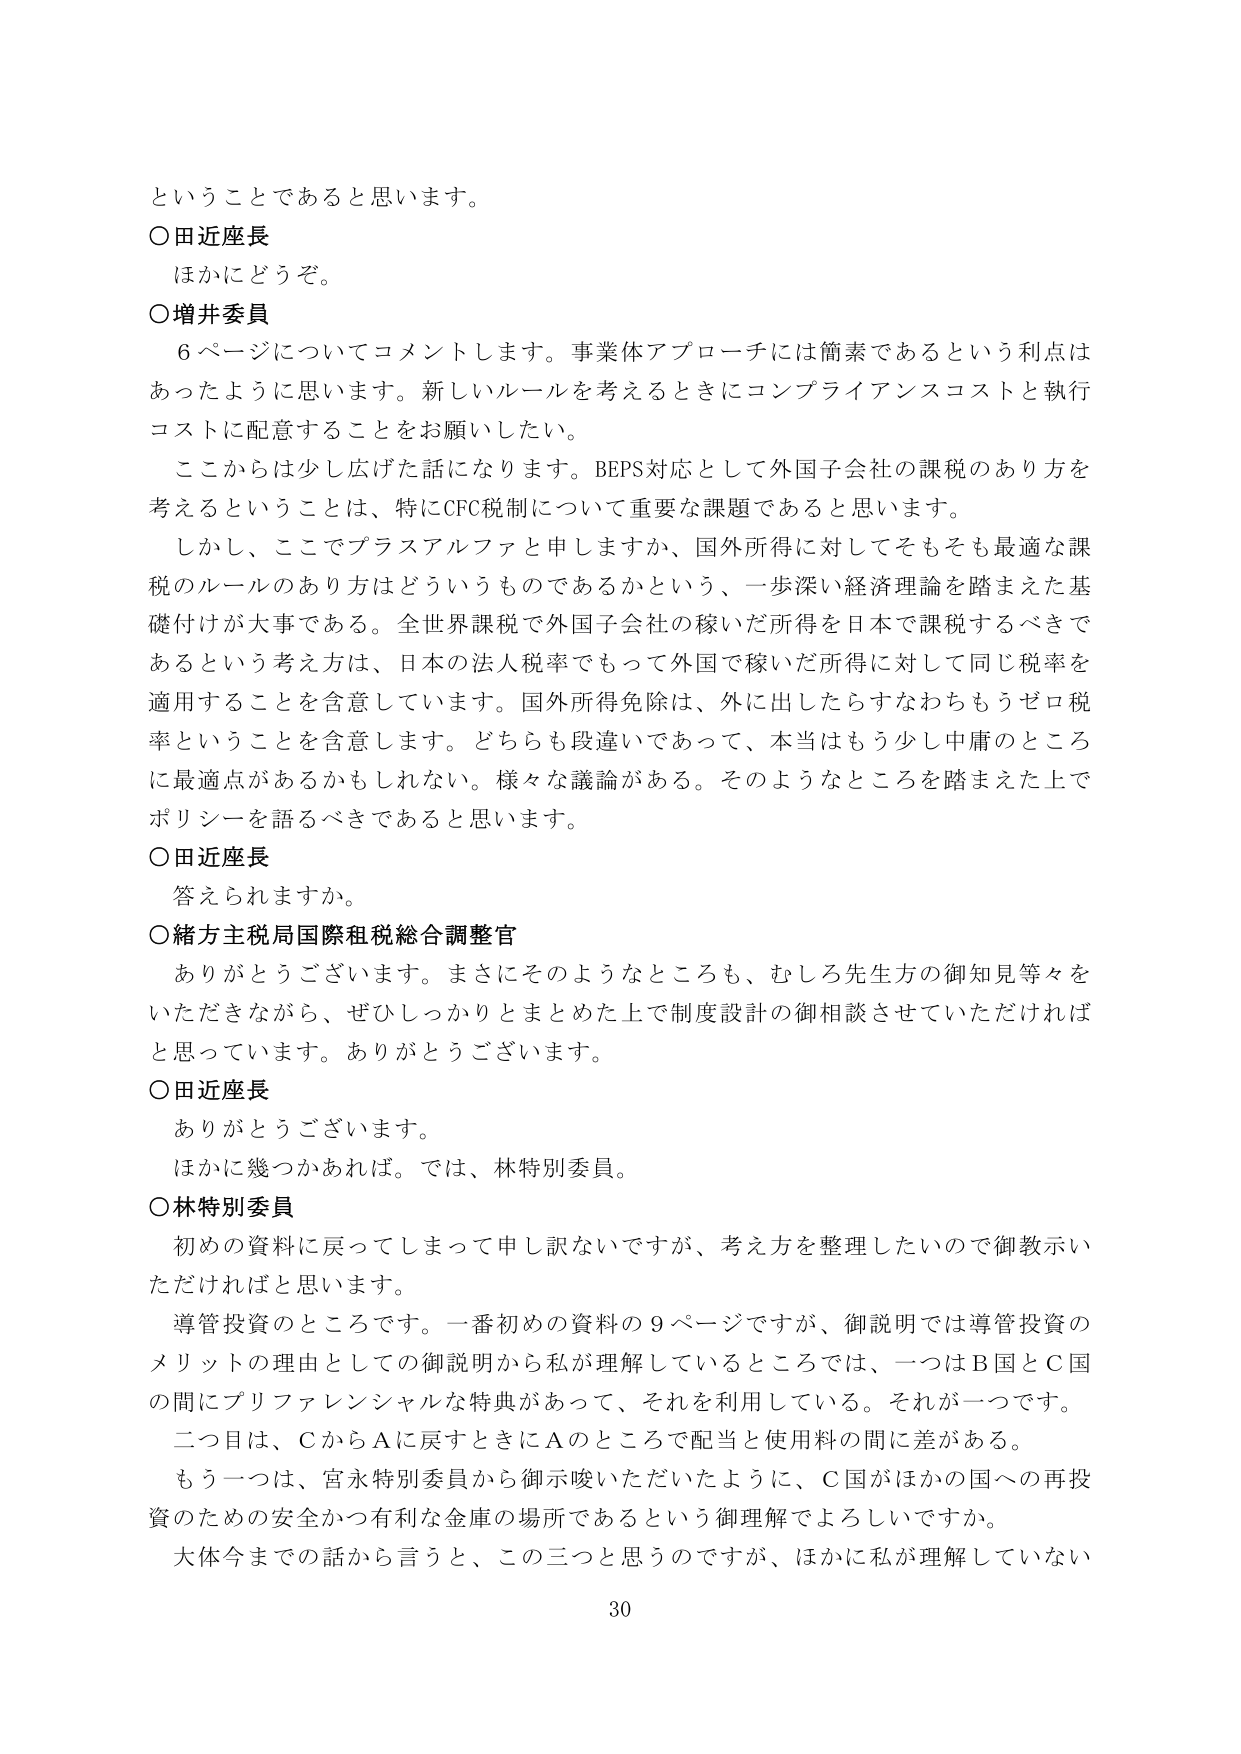
ということであると思います。

○田近座長
ほかにどうぞ。

○増井委員
６ページについてコメントします。事業体アプローチには簡素であるという利点は
あったように思います。新しいルールを考えるときにコンプライアンスコストと執行
コストに配意することをお願いしたい。
ここからは少し広げた話になります。BEPS対応として外国子会社の課税のあり方を
考えるということは、特にCFC税制について重要な課題であると思います。
しかし、ここでプラスアルファと申しますか、国外所得に対してそもそも最適な課
税のルールのあり方はどういうものであるかという、一歩深い経済理論を踏まえた基
礎付けが大事である。全世界課税で外国子会社の稼いだ所得を日本で課税するべきで
あるという考え方は、日本の法人税率でもって外国で稼いだ所得に対して同じ税率を
適用することを含意しています。国外所得免除は、外に出したらすなわちもうゼロ税
率ということを含意します。どちらも段違いであって、本当はもう少し中庸のところ
に最適点があるかもしれない。様々な議論がある。そのようなところを踏まえた上で
ポリシーを語るべきであると思います。

○田近座長
答えられますか。

○緒方主税局国際租税総合調整官
ありがとうございます。まさにそのようなところも、むしろ先生方の御知見等々を
いただきながら、ぜひしっかりとまとめた上で制度設計の御相談させていただければ
と思っています。ありがとうございます。

○田近座長
ありがとうございます。
ほかに幾つかあれば。では、林特別委員。

○林特別委員
初めの資料に戻ってしまって申し訳ないですが、考え方を整理したいので御教示い
ただければと思います。
導管投資のところです。一番初めの資料の９ページですが、御説明では導管投資の
メリットの理由としての御説明から私が理解しているところでは、一つはＢ国とＣ国
の間にプリファレンシャルな特典があって、それを利用している。それが一つです。
二つ目は、ＣからＡに戻すときにＡのところで配当と使用料の間に差がある。
もう一つは、宮永特別委員から御示唆いただいたように、Ｃ国がほかの国への再投
資のための安全かつ有利な金庫の場所であるという御理解でよろしいですか。
大体今までの話から言うと、この三つと思うのですが、ほかに私が理解していない

30